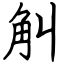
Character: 觓